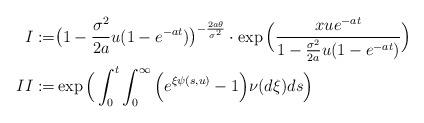
LaTeX: \begin{align*}I:=& \big(1-\frac{\sigma^2}{2a}u(1-e^{-at})\big)^{-\frac{2a\theta}{\sigma^2}} \cdot \exp \Big (\frac{xue^{-at}}{1-\frac{\sigma^2}{2a}u(1-e^{-at})} \Big) \\II:=& \exp \Big ( \int_0^t \int_0^{\infty}\Big(e^{\xi\psi(s,u)}-1\Big)\nu(d\xi)ds\Big)\end{align*}